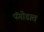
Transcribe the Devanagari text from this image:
पॅगोडात